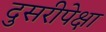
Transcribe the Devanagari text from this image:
दुसरीपेक्षा